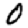
Digit: 0